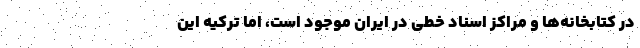
در کتابخانه‌ها ‌و مراکز اسناد خطی در ایران موجود است، اما ترکیه این